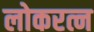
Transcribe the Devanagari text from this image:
लोकरत्न